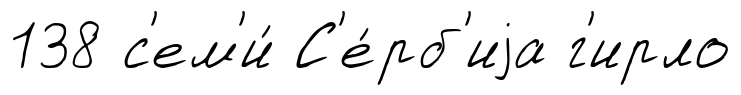
138 с'ем'и́ С'е́рб'иjа г'ирло